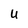
Character: U